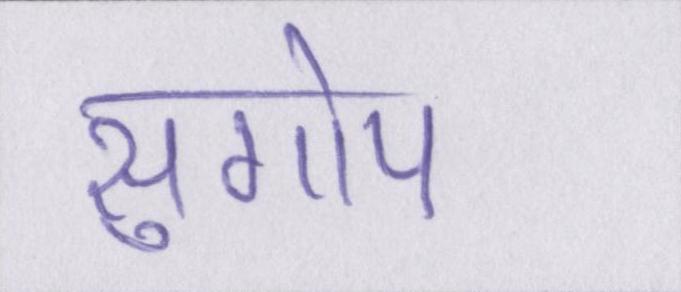
सुगोप